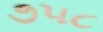
૭૫૮